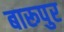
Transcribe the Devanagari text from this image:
बारूपुर